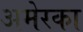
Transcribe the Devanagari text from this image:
अमेरका